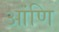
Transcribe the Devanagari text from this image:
आंणि